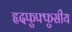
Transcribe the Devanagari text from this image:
हृदफुफ्फुसीय